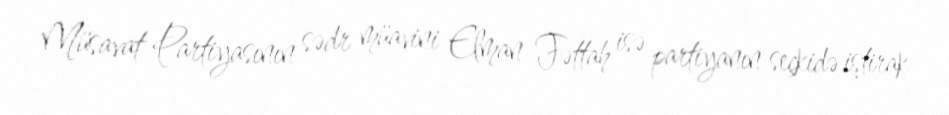
Müsavat Partiyasının sədr müavini Elman Fəttah isə partiyanın seçkidə iştirak